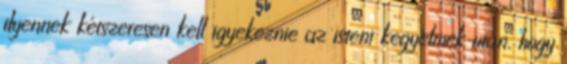
ilyennek kétszeresen kell igyekeznie az isteni kegyelmek után, hogy